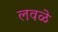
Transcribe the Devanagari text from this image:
लवळे